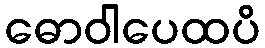
ဓောဝါပေထပိ